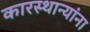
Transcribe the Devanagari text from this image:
कारस्थान्यांना